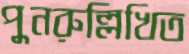
পুনরুল্লিখিত